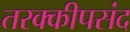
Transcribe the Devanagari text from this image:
तरक्कीपसंद